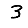
Digit: 3